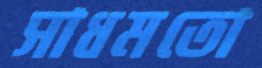
সাধমতো